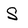
Character: S